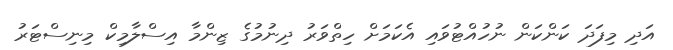
އަދި މިފަދަ ކަންކަން ނުހުއްޓުވައި އެކަމަށް ހިތްވަރު ދިނުމުގެ ޒިންމާ އިސްލާމިކް މިނިސްޓަރު